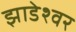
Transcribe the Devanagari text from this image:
झाडेश्वर